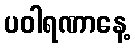
ပဝါရဏာနေ့